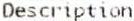
DESCRIPTION